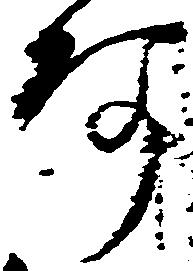
阿